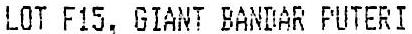
LOT F15, GIANT BANDAR PUTERI